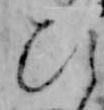
ひ